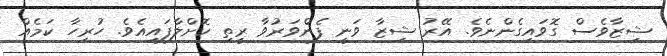
ޝިޒާވެސް ގޮވައިގެންނެވެ. އޭރު ޝިޒާ ވަނީ ފެންވަރުވާ ރީތި ކޮށްލާފައިއެވެ. ހުރިހާ ކަމެއް